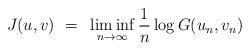
LaTeX: \begin{align*}J(u,v) ~=~ \liminf_{n\to\infty} \frac{1}{n} \log G(u_n,v_n) \end{align*}